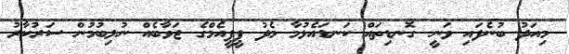
މިއަދު ބުނެފައި ވަނީ ގޮނޑިތައް ކަނޑައެޅުމާ މެދު ޕީޕީއެމްގެ ޖަވާބެއް ނުލިބުމުން ސަރުކާރު